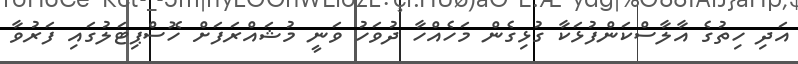
އަދި ހިތުގެ އާލާސްކަންފުޅަކާ ގުޅިގެން މަހެއްހާ ދުވަހު ވަނީ މުޝައްރަފަށް ހޮސްޕިޓަލުގައި ފަރުވާ